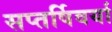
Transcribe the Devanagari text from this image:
सप्तर्षिवर्या